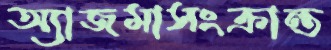
অ্যাজমাসংক্রান্ত